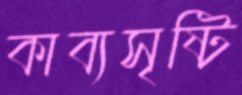
কাব্যসৃষ্টি